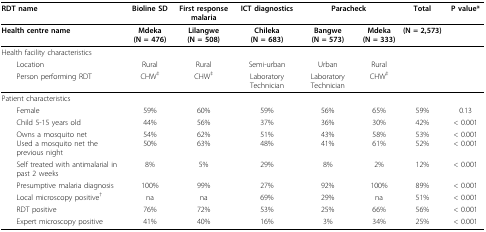
<table><thead><tr><td><b>RDT name</b></td><td><b>Bioline SD</b></td><td><b>First response malaria</b></td><td><b>ICT diagnostics</b></td><td colspan="2"><b>Paracheck</b></td><td><b>Total</b></td><td><b>P value*</b></td></tr></thead><tbody><tr><td><b>Health centre name</b></td><td><b>Mdeka (N = 476)</b></td><td><b>Lilangwe (N = 508)</b></td><td><b>Chileka (N = 683)</b></td><td><b>Bangwe (N = 573)</b></td><td><b>Mdeka (N = 333)</b></td><td><b>(N = 2,573)</b></td><td></td></tr><tr><td>Health facility characteristics</td><td></td><td></td><td></td><td></td><td></td><td></td><td></td></tr><tr><td> Location</td><td>Rural</td><td>Rural</td><td>Semi-urban</td><td>Urban</td><td>Rural</td><td></td><td></td></tr><tr><td> Person performing RDT</td><td>CHW<sup>‡</sup></td><td>CHW<sup>‡</sup></td><td>Laboratory Technician</td><td>Laboratory Technician</td><td>CHW<sup>‡</sup></td><td></td><td></td></tr><tr><td>Patient characteristics</td><td></td><td></td><td></td><td></td><td></td><td></td><td></td></tr><tr><td> Female</td><td>59%</td><td>60%</td><td>59%</td><td>56%</td><td>65%</td><td>59%</td><td>0.13</td></tr><tr><td> Child 5-15 years old</td><td>44%</td><td>56%</td><td>37%</td><td>36%</td><td>30%</td><td>42%</td><td>&lt; 0.001</td></tr><tr><td> Owns a mosquito netUsed a mosquito net the previous night</td><td>54%50%</td><td>62%63%</td><td>51%48%</td><td>43%41%</td><td>58%61%</td><td>53%52%</td><td>&lt; 0.001&lt; 0.001</td></tr><tr><td> Self treated with antimalarial in past 2 weeks</td><td>8%</td><td>5%</td><td>29%</td><td>8%</td><td>2%</td><td>12%</td><td>&lt; 0.001</td></tr><tr><td> Presumptive malaria diagnosis</td><td>100%</td><td>99%</td><td>27%</td><td>92%</td><td>100%</td><td>89%</td><td>&lt; 0.001</td></tr><tr><td> Local microscopy positive<sup>†</sup></td><td>na</td><td>na</td><td>69%</td><td>29%</td><td>na</td><td>51%</td><td>&lt; 0.001</td></tr><tr><td> RDT positive</td><td>76%</td><td>72%</td><td>53%</td><td>25%</td><td>66%</td><td>56%</td><td>&lt; 0.001</td></tr><tr><td> Expert microscopy positive</td><td>41%</td><td>40%</td><td>16%</td><td>3%</td><td>34%</td><td>25%</td><td>&lt; 0.001</td></tr></tbody></table>